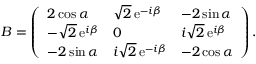
B = \left( \begin{array} { l l l } { { 2 \cos \alpha } } & { { \sqrt { 2 } \, \mathrm { e } ^ { - i \beta } } } & { { - 2 \sin \alpha } } \\ { { - \sqrt { 2 } \, \mathrm { e } ^ { i \beta } } } & { { 0 } } & { { i \sqrt { 2 } \, \mathrm { e } ^ { i \beta } } } \\ { { - 2 \sin \alpha } } & { { i \sqrt { 2 } \, \mathrm { e } ^ { - i \beta } } } & { { - 2 \cos \alpha } } \end{array} \right) .